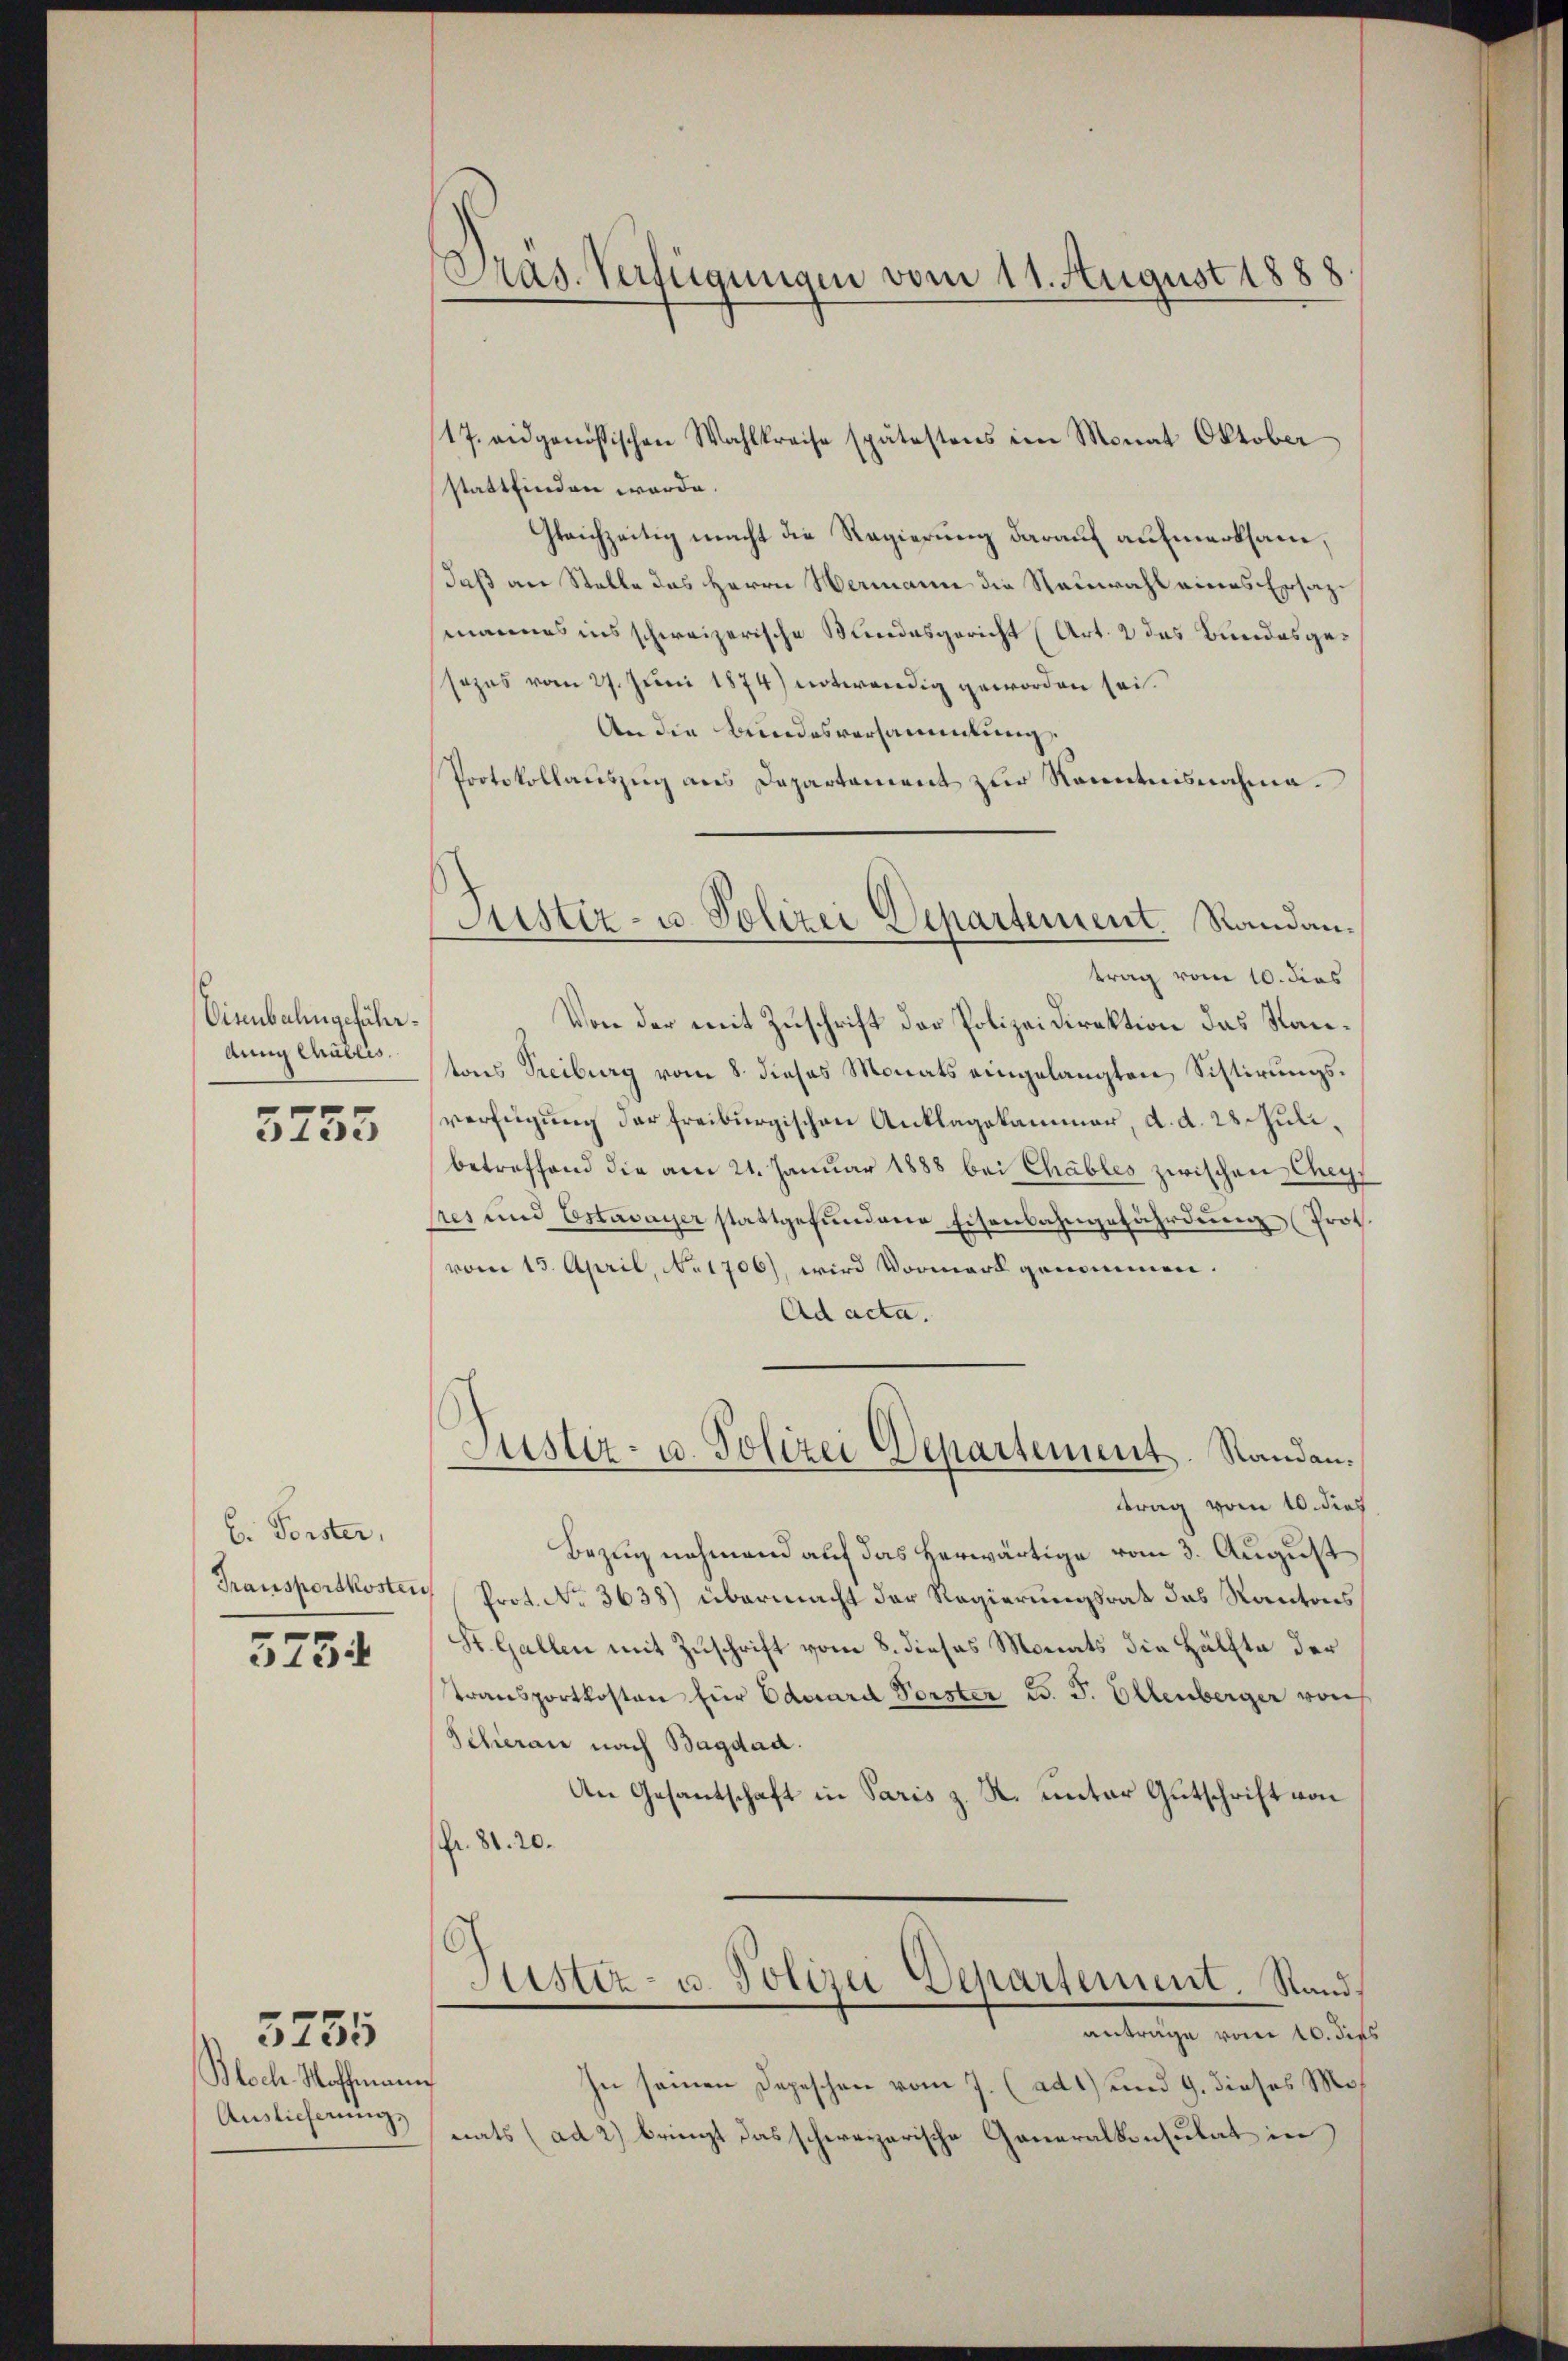
Vienbalingeführdung Chablis.

5755

b. Forster,

3754

Bloch Hoffmann
Auslieferung.

5755

Pras. Verfügungen vom 11. August 1888.

Justiz- u. Polizei Departement. Randan¬

17. eidgenössischen Wahlkreise spätestens im Monat Oktober
stattfinden werde.
Gleichzeitig macht die Regierung darauf aufmerksam,
daß an Stelle des Herrn Wermann die Neuwahl eines Ersazmannes ins schweizerische Wundesgericht (Art. 2 das Bundesgesezes vom 27. Juni 1874) notwendig geworden sei.
An die Bundesversammlung
Protokollauszug aus Departement zur Kenntnisnahme.
trag vom 10. dies
Von der mit Zuschrift der Polizeidirektion das Stantons Treiburg vom 8. dieses Monats eingelangten Sistirungsverfügung der freiburgischen Anklagekammer, d. d. 28 Julibetreffend die am 21. Januar 1888 bei Chables zwischen Cheysres und Estavayer stattgefŭndene Eisenbahngefährdung Prot
(vom 15. April, No 1706), wird Vormark genommen.
Ad acta.
Justiz- u. Polizei Departement. Randantrag vom 10. dies
Bezug nehmend auf das herwärtige vom 3. August
Transportkosten Prot. No. 3638) übermacht der Regierungsrat das Kantons
St. Gallen mit Zuschrift vom 8. dieses Monats die Hälfte der
transportkosten für Eduard Vorster B. J. Ellenberger von
Scheran nach Bagdad.
An Gesantschaft in Paris z. R. unter Gutschrift von
fr. 81. 20.
Justiz- u. Polizei Departement. Sandanträge vom 10. dies
In seinen Depeschen vom 7. (ad 1) und 9. dieses Mos
nats (ad 2) bringt das schweizerische Generalkonsulat in